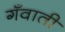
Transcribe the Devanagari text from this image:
गँवाती